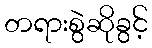
တရားစွဲဆိုခွင့်